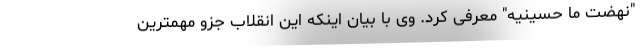
"نهضت ما حسینیه" معرفی کرد. وی با بیان اینکه این انقلاب جزو مهمترین